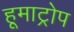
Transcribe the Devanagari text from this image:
हूमाट्रोप